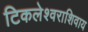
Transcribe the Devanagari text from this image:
टिकलेश्वराशिवाय